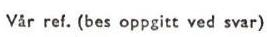
Vår ref. (bes oppgitt ved svar)